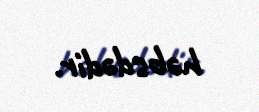
həbsdədir.